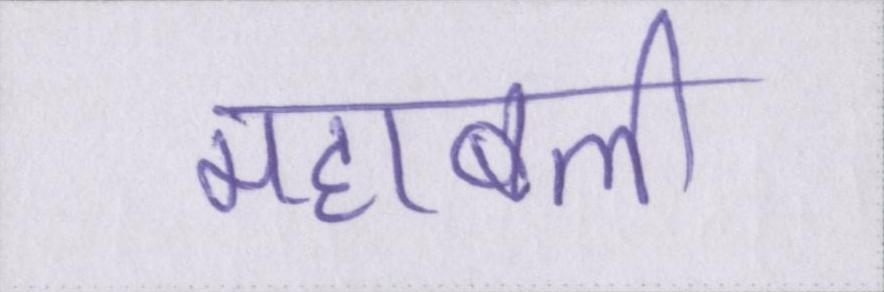
महाबली